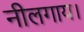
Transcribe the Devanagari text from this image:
नीलगाय।